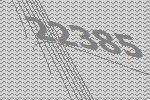
22385